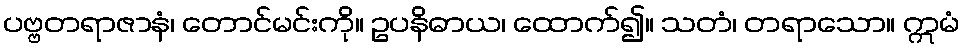
ပဗ္ဗတရာဇာနံ၊ တောင်မင်းကို။ ဥပနိဓာယ၊ ထောက်၍။ သတံ၊ တရာသော။ ဣမံ